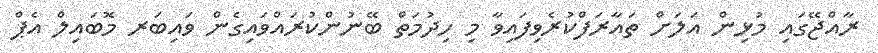
ރާއްޖޭގައި މުޅިން އަލަށް ތައާރަފްކުރެވިފައިވާ މި ހިދުމަތް ބޭނުންކުރައްވައިގެން ވައިބަރ މޮބައިލް އެޕް